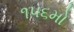
૧૫૬મો